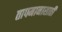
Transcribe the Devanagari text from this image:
तापमानासाठी